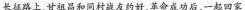
长征路上，甘祖昌和同村战友约好，革命成功后，一起回家